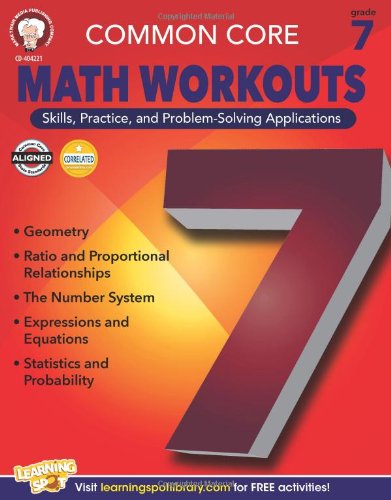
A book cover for Common Core Math Workouts, Grade 7; Karice Mace; Education & Teaching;